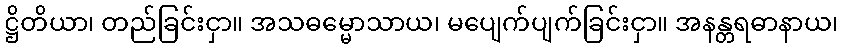
ဋ္ဌိတိယာ၊ တည်ခြင်းငှာ။ အသဓမ္မောသာယ၊ မပျေက်ပျက်ခြင်းငှာ။ အနန္တရဓာနာယ၊